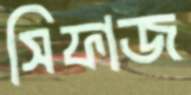
সিফাজ